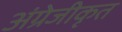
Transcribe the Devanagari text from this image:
अंग्रेजीकृत